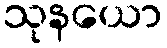
သုနယော